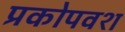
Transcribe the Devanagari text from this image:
प्रकोपवश